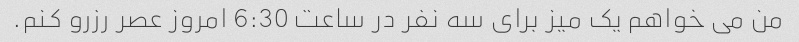
من می خواهم یک میز برای سه نفر در ساعت 6:30 امروز عصر رزرو کنم.